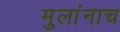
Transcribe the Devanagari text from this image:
मुलांनाच